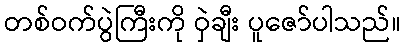
တစ်ဝက်ပွဲကြီးကို ဝှဲချီး ပူဇော်ပါသည်။